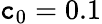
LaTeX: \mathtt{c}_{0}=0.1